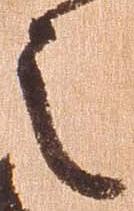
之